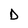
Character: B